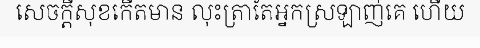
សេចក្តីសុខកើតមាន លុះត្រាតែអ្នកស្រឡាញ់គេ ហើយ